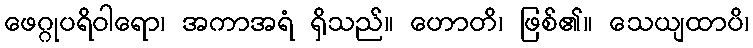
ဖေဂ္ဂုပရိဝါရော၊ အကာအရံ ရှိသည်။ ဟောတိ၊ ဖြစ်၏။ သေယျထာပိ၊